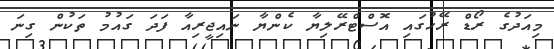
މިއަދުގެ ރޯޑް ރޭހުގައި އޮސްޓްރޭލިޔާ ކެންޔާ ނައިޖީރިއާ ފަދަ ގައުމު ތަކުން ގިނަ